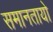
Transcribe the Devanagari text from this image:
समानतायो